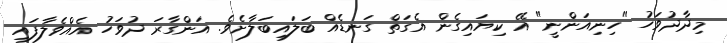
މިދާދުވަހު "ހިނިއަންނީ" އޭ ކިޔައިގެން އެގަތް ގަނޑެއް ބަލައިބަލާށެވެ. އަންގާރަ ދުވަހު އެއްވެލާފައި